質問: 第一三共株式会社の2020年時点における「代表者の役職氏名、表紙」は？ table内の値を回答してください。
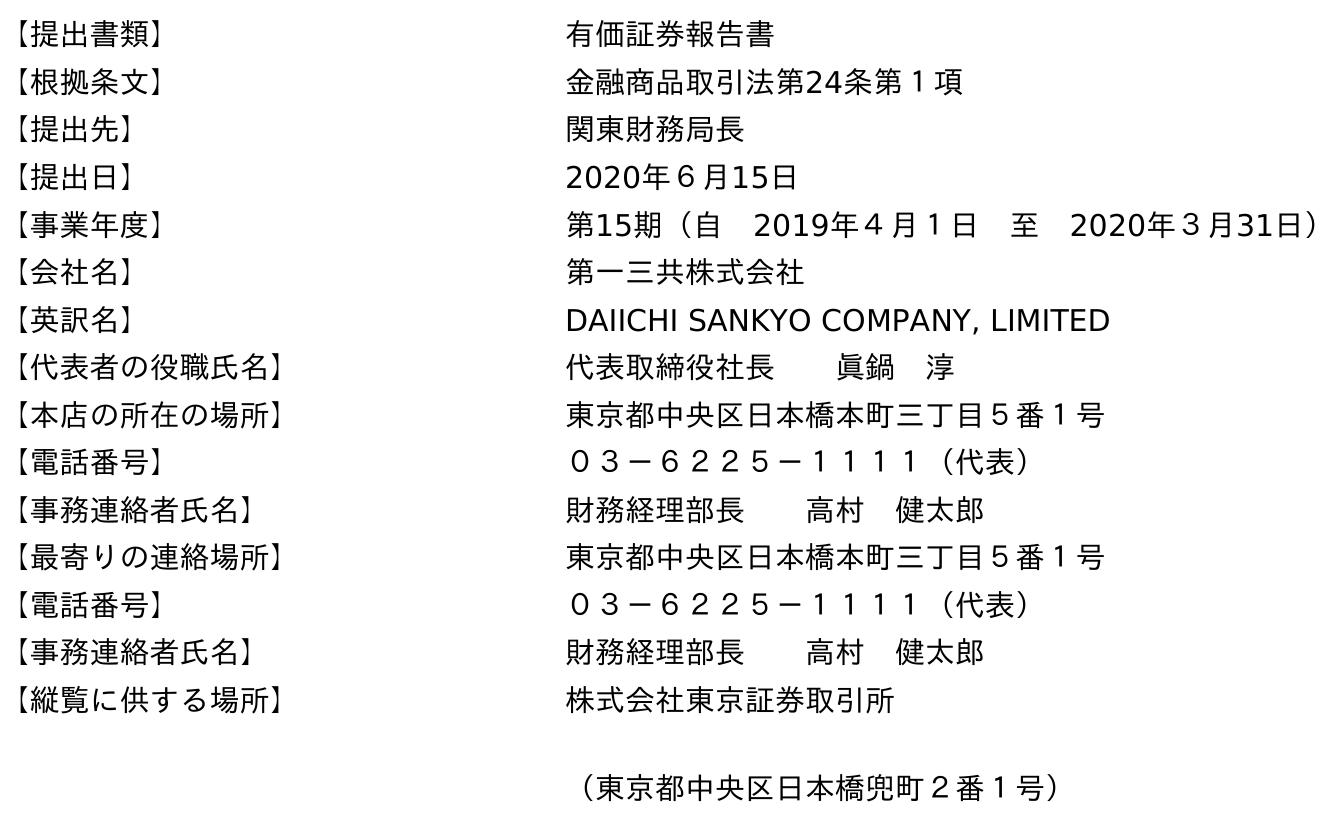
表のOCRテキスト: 【提出書類】 有価証券報告書 【根拠条文】 金融商品取引法第24条第１項 【提出先】 関東財務局長 【提出日】 2020年６月15日 【事業年度】 第15期（自 2019年４月１日 至 2020年３月31日） 【会社名】 第一三共株式会社 【英訳名】 DAIICHI SANKYO COMPANY, LIMITED 【代表者の役職氏名】 代表取締役社長  眞鍋 淳 【本店の所在の場所】 東京都中央区日本橋本町三丁目５番１号 【電話番号】 ０３－６２２５－１１１１（代表） 【事務連絡者氏名】 財務経理部長  高村 健太郎 【最寄りの連絡場所】 東京都中央区日本橋本町三丁目５番１号 【電話番号】 ０３－６２２５－１１１１（代表） 【事務連絡者氏名】 財務経理部長  高村 健太郎 【縦覧に供する場所】 株式会社東京証券取引所 （東京都中央区日本橋兜町２番１号）
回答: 代表取締役社長眞鍋　淳